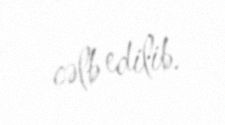
cəlb edilib.